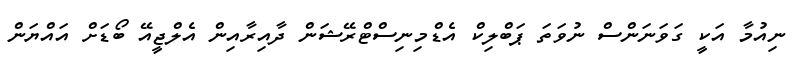
ނިއުމާ އަކީ ގަވަނަންސް ނުވަތަ ޕަބްލިކް އެޑްމިނިސްޓްރޭޝަން ދާއިރާއިން އެލްޖީއޭ ބޯޑަށް އައްޔަން